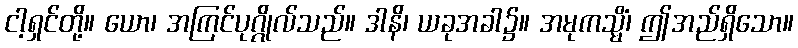
ငါ့ရှင်တို့။ ယော၊ အကြင်ပုဂ္ဂိုလ်သည်။ ဒါနိ၊ ယခုအခါ၌။ အမုကသ္မိံ၊ ဤအည်ရှိသော။